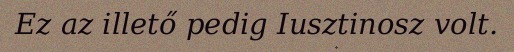
Ez az illető pedig Iusztinosz volt.